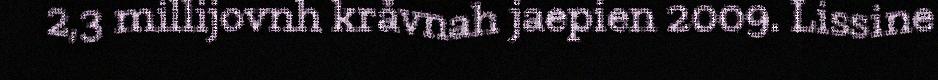
2,3 millijovnh kråvnah jaepien 2009. Lissine